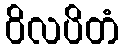
ဝိလပိတံ